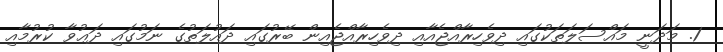
1. މަދަނީ މައްސަލަތަކުގައި ދިވެހިރާއްޖެއާއި ދިވެހިރާއްޖެއިން ބޭރުގައި ދައުލަތުގެ ނަމުގައި ދަޢުވާ ކުރުމާއި